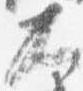
大